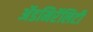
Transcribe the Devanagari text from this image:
ॲडमिरॅलिटी